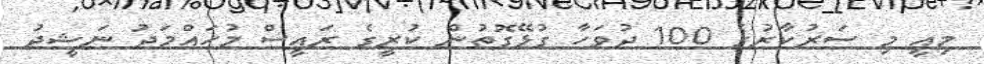
މިއީ މި ސަރުކާރުގެ 100 ދުވަހާ ގުޅޭގޮތުން ކުރީގެ ރައީސް މުހައްމަދު ނަޝީދު